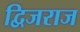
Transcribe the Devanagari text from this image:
द्विजराज